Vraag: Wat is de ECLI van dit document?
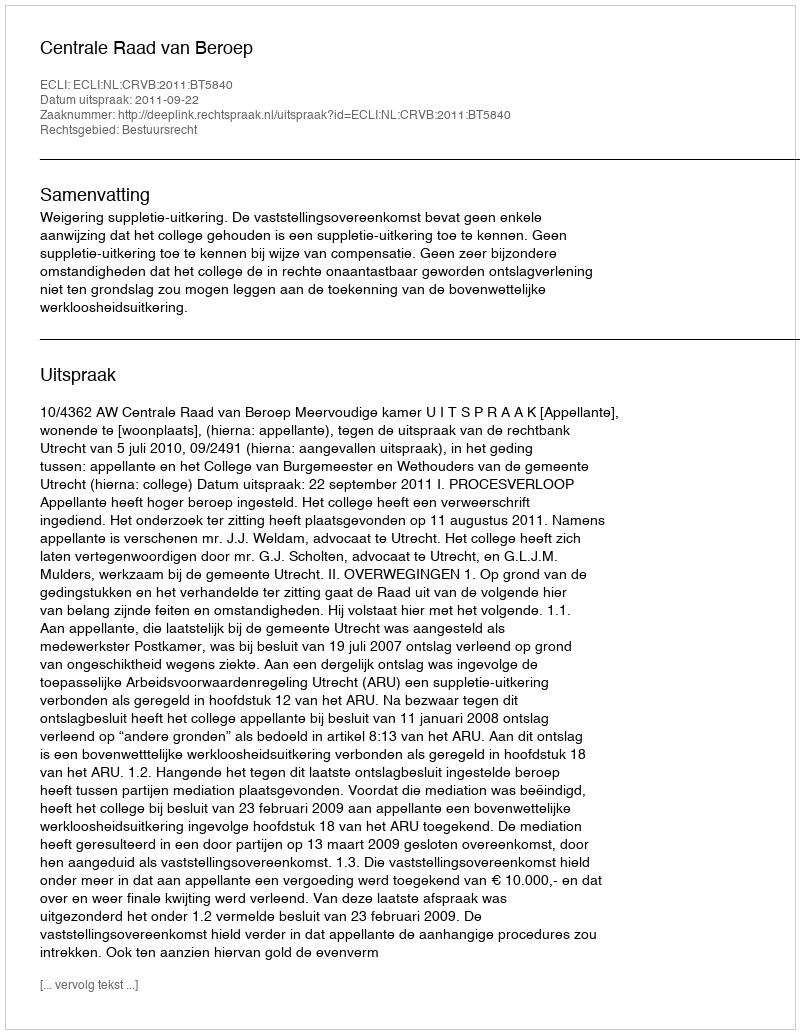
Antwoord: ECLI:NL:CRVB:2011:BT5840